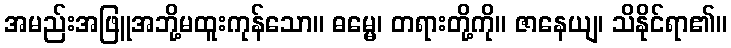
အမည်းအဖြူအဘို့မထူးကုန်သော။ ဓမ္မေ၊ တရားတို့ကို။ ဇာနေယျ၊ သိနိုင်ရာ၏။